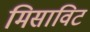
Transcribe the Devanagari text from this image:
मिसाविट